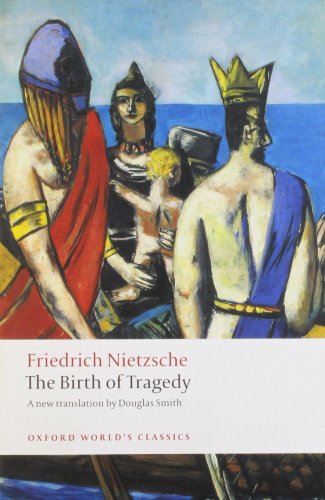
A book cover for The Birth of Tragedy (Oxford World's Classics); Friedrich Nietzsche; Literature & Fiction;